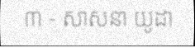
៣ - សាសនា យូដា